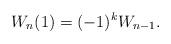
LaTeX: \begin{align*}W_n(1) = (-1)^kW_{n-1}.\end{align*}